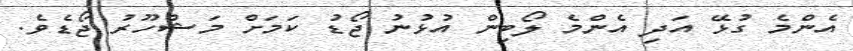
އެންމެ ގުޅޭ އަދި އެންމެ ލޯބިން އުޅުނު ޖޯޑު ކަމަށް މަޝްހޫރު ޖޯޑެވެ.